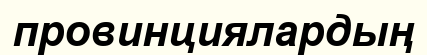
провинциялардың